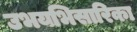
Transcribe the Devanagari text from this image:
उभयभिसारिका